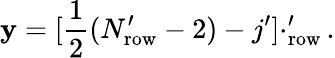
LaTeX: \mathbf{y}=[\frac{{1}}{{2}}(N_{\mathrm{{row}}}^{\prime}-2)-j^{\prime}]\cdotp_{\mathrm{{row}}}^{\prime}.